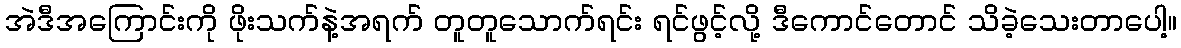
အဲဒီအကြောင်းကို ဖိုးသက်နဲ့အရက် တူတူသောက်ရင်း ရင်ဖွင့်လို့ ဒီကောင်တောင် သိခဲ့သေးတာပေါ့။